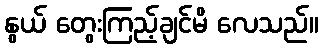
နွယ် တွေးကြည့်ချင်မိ လေသည်။